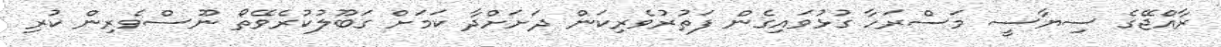
ރާއްޖޭގެ ސިޔާސީ މަސްރަހާ ގުޅުވައިގެން ފަތުރުވެރިކަން ދަށަށްދާ ކަމަށް ގަބޫލުކުރެވޭތޯ ނޫސްވެރިން ކުރި